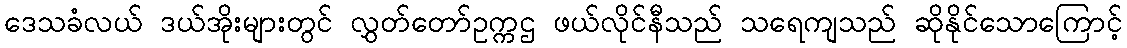
ဒေသခံလယ် ဒယ်အိုးများတွင် လွှတ်တော်ဥက္ကဌ ဖယ်လိုင်နီသည် သရေကျသည် ဆိုနိုင်သောကြောင့်